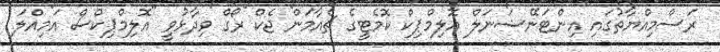
ރަސްމިއްޔާތުގައި އިންޓަނޭޝަނަލް އޮލިމްޕިކް ކޮމެޓީގެ ޗެއާމަން ޖެކް ރޯގް ވިދާޅުވީ "އޮލިމްޕިކްސް އަމިއްލަ